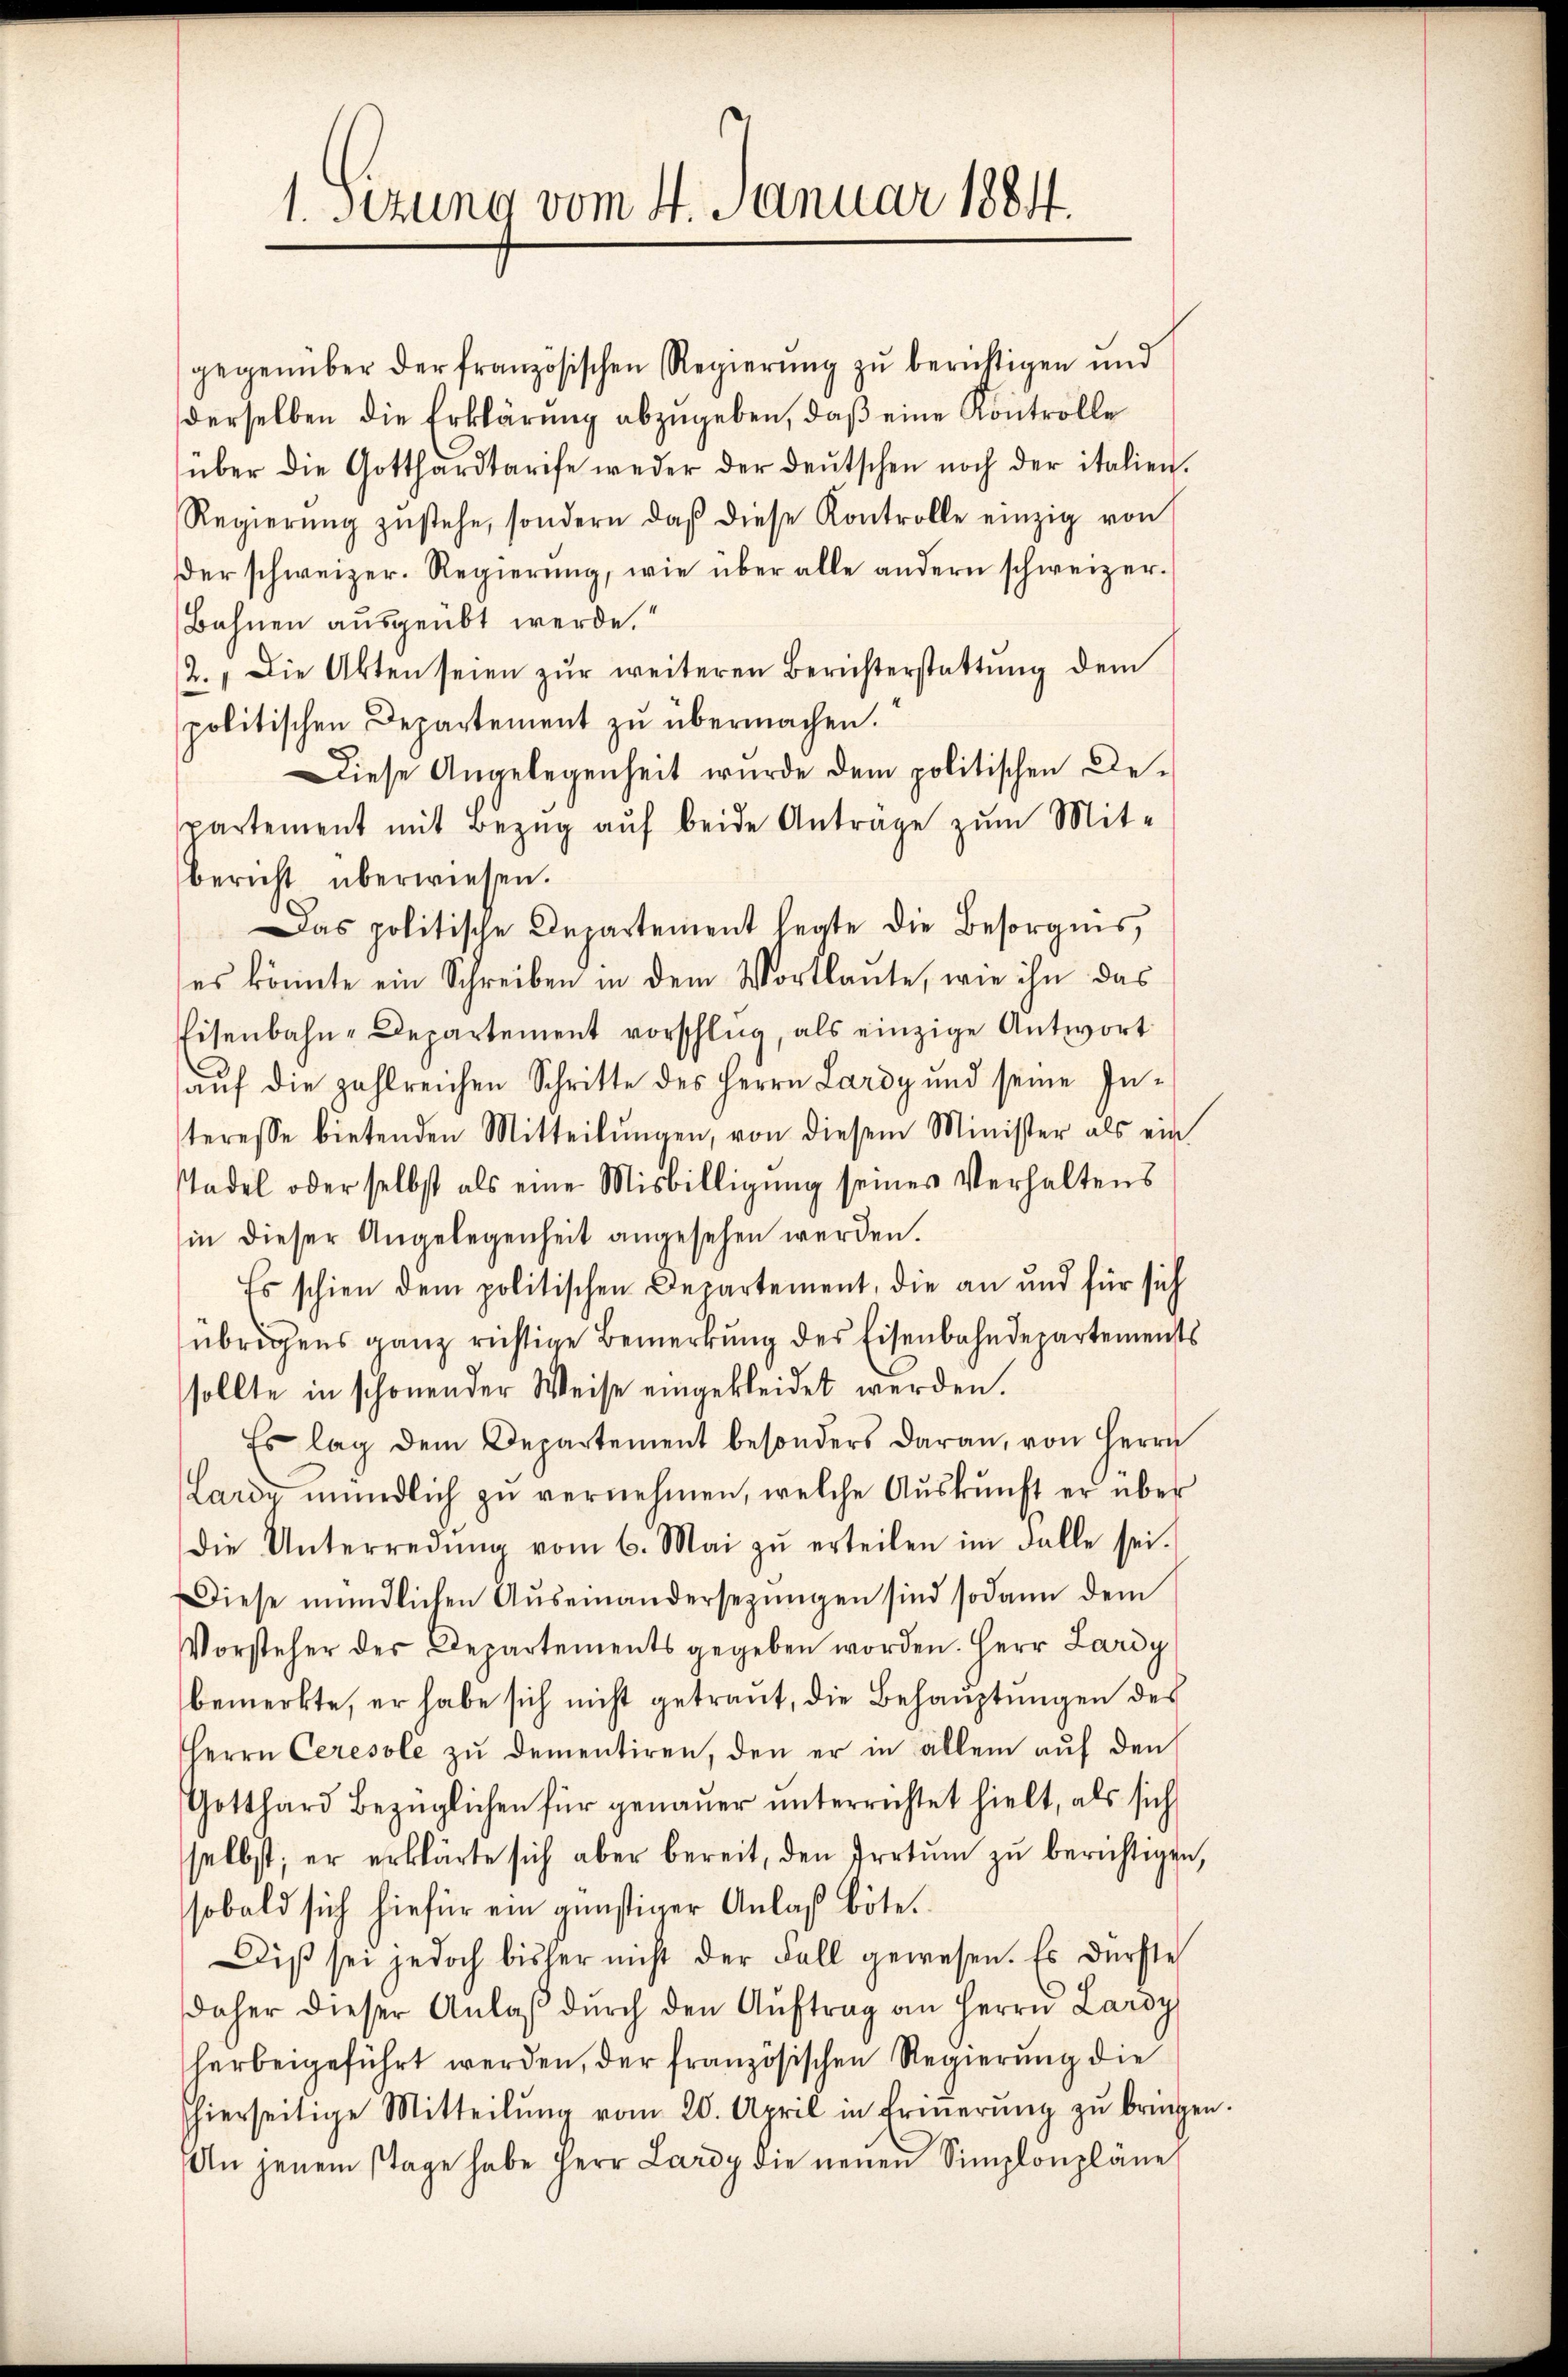
1. sezung vom 4. Januar 1884

gegenüber der französischen Regierung zu berichtigen und
derselben die Erklärung abzugeben, daß eine Kontrolle
über die Gotthardtarife weder der deŭtschen noch der italien.
Regierŭng zŭstehe, sondern daβ diese Kontrolle einzig von
der schweizer. Regierung, wie über alle andern schweizer¬
Bahnen ausgeübt werde.
2. " Die Akten seien zŭr weiteren Berichterstattŭng dem
politischen Departement zu übermachen.
Diese Angelegenheit wurde dem politischen Departement mit Bezŭg aŭf beide Anträge zum Mit-
bericht überwiesen.
Das politische Departement legte die Besorgnis,
es könnte ein Schreiben in dem Wortlaute, wie ihn das
Eisenbahn-Departement vorschlug, als einzige Antwort
auf die zahlreichen Schritte des Herrn Lardy und seine Interesse bietenden Mitteilŭngen, von diesem Minister als ein
stadel oder selbst als eine Misbilligung seines Verhaltens
in dieser Angelegenheit angesehen werden.
Es schien dem politischen Departement, die an und für sich
übrigens ganz richtige Bemerkung des Eisenbahndepartements
sollte in schonen der Weise eingekleidet werden.
Es lag dem Departement besonders daran, von Herrn
Lardy mündlich zŭ vernehmen, welche Aŭskŭnft er über
die Unterredung vom 6. Mai zŭ erteilen im Falle sei.
Diese mündlichen Aŭseinandersezungen sind sodann dem
Vorsteher der Departements gegeben worden. Herr Lardy
bemerkte, er habe sich nicht getraut, die Behauptungen des
Herrn Ceresole zŭ dementiren, den er in allem auf den
Gotthard bezüglichen für genaŭer ŭnterrichtet hielt, als sich
selbst; er erklärte sich aber bereit, den Irrtŭm zŭ berichtigen,
sobald sich hiefür ein günstiger Anlaß böte.
Diβ sei jedoch bisher nicht der Fall gewesen. Es dürfte
daher dieser Anlaβ dŭrch den Aŭftrag an Herrn Lardy
herbeigeführt werden, der französischen Regierung die
hierseitige Mitteilŭng vom 20. April in Ernerŭng zŭ bringen
An jenem Tage habe Herr Lardy die neuen Simplonpläne